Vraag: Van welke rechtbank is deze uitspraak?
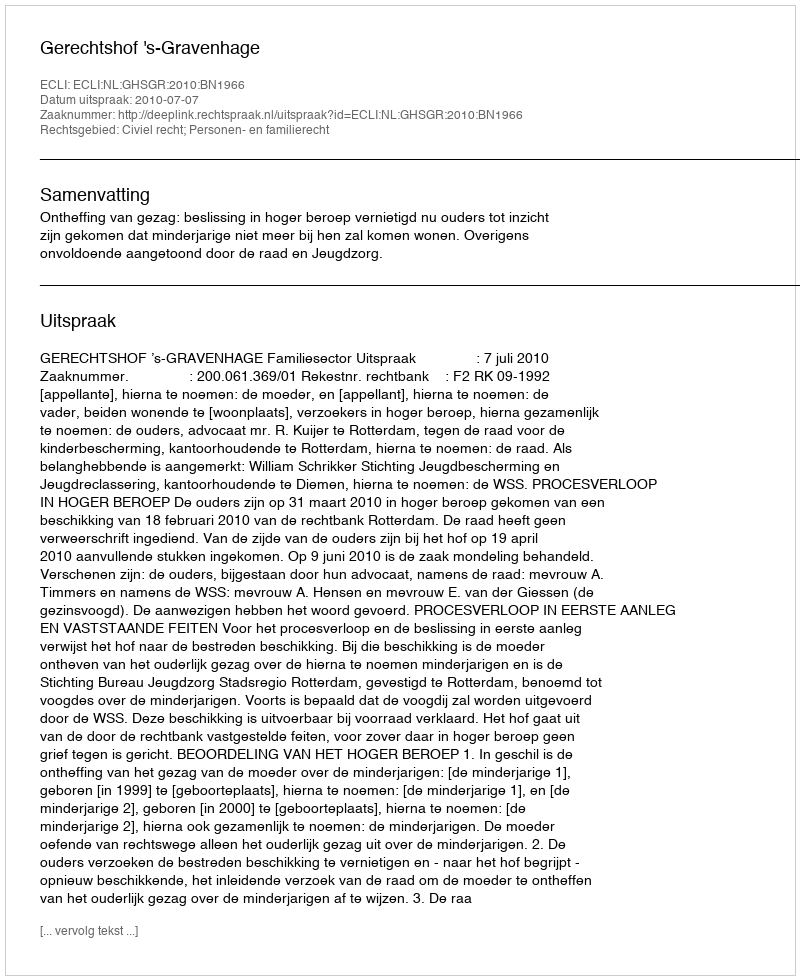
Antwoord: Gerechtshof 's-Gravenhage